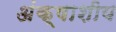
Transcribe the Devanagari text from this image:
अंक्षाशीय